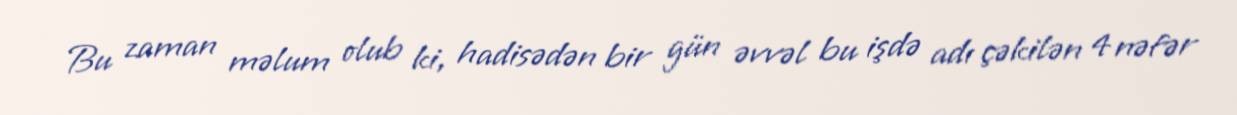
Bu zaman məlum olub ki, hadisədən bir gün əvvəl bu işdə adı çəkilən 4 nəfər